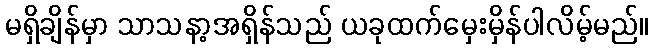
မရှိချိန်မှာ သာသနာ့အရှိန်သည် ယခုထက်မှေးမှိန်ပါလိမ့်မည်။